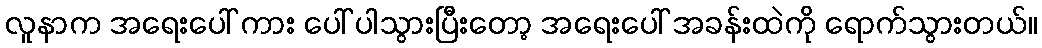
လူနာက အရေးပေါ် ကား ပေါ် ပါသွားပြီးတော့ အရေးပေါ် အခန်းထဲကို ရောက်သွားတယ်။